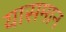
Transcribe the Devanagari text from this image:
यासमान